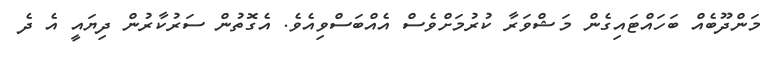
މަންދޫބެއް ބަހައްޓައިގެން މަޝްވަރާ ކުރުމަށްވެސް އެއްބަސްވިއެވެ. އެގޮތުން ސަރުކާރުން ދިޔައީ އެ ދެ